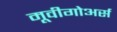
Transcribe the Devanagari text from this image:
मूवीगोअर्स